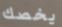
يخصك